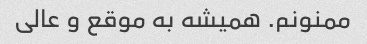
ممنونم. همیشه به موقع و عالی